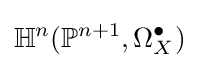
\mathbb {H} ^{n}(\mathbb {P} ^{n+1},\Omega _{X}^{\bullet })